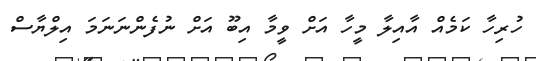
ހުރިހާ ކަމެއް އާއިލާ މީހާ އަށް ވީމާ އިބޫ އަށް ނުފެންނަނަމަ އިލްޔާސް